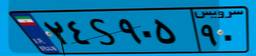
۱۰S۹۸۴۹۰